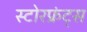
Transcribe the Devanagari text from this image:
स्टोरफ्रंट्स